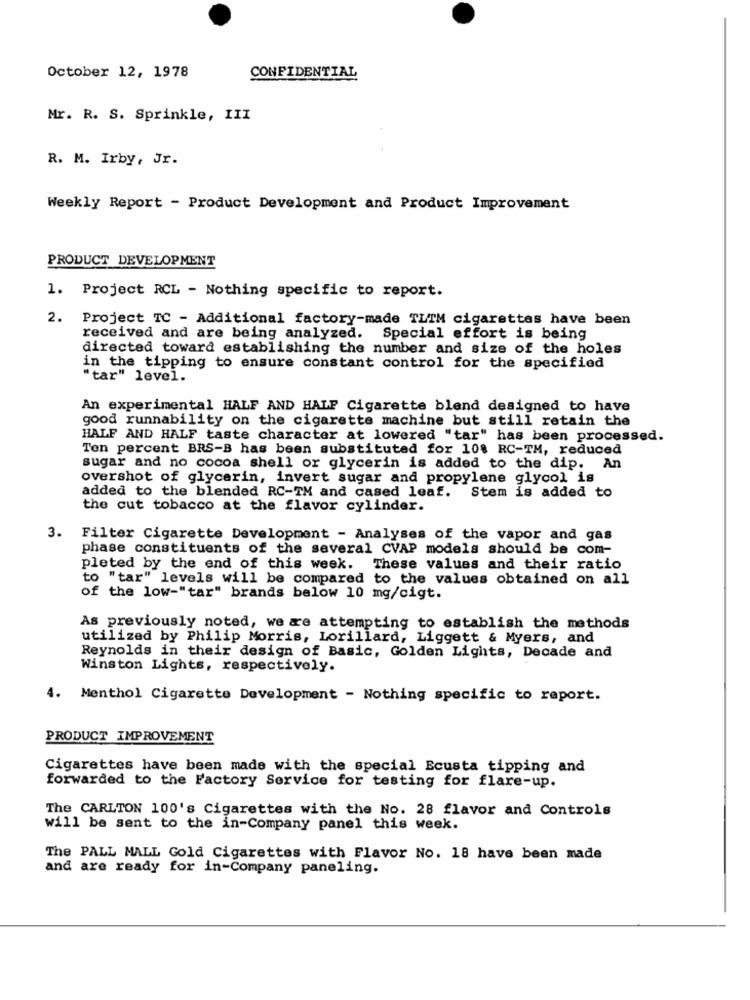
October 12, 1978
CONFIDENTIAL
Mr. R. S. Sprinkle, III
R. M. Irby, Jr.
Weekly Report - Product Development and Product Improvement
PRODUCT DEVELOPMENT
1. Project RCL - Nothing specific to report.
2.
Project TC - Additional factory-made TLIM cigarettes have been
received and are being analyzed. Special effort is being
directed toward establishing the number and size of the holes
in the tipping to ensure constant control for the specified
"tar" level.
An experimental HALF AND HALF Cigarette blend designed to have
good runnability on the cigarette machine but still retain the
HALF AND HALF taste character at lowered "tar" has been processed.
Ten percent BRS-B has been substituted for 108 RC-TM, reduced
sugar and no cocoa shell or glycerin is added to the dip. An
overshot of glycerin, invert sugar and propylene glycol is
added to the blended RC-TM and cased leaf. Stem is added to
the cut tobacco at the flavor cylinder.
3. Filter Cigarette Development - Analyses of the vapor and gas
phase constituents of the several CVAP models should be com-
pleted by the end of this week. These values and their ratio
to "tar" levels will be compared to the values obtained on all
of the low-"tar" brands below 10 mg/cigt.
As previously noted, we are attempting to establish the methods
utilized by Philip Morris, Lorillard, Liggett & Myers, and
Reynolds in their design of Basic, Golden Lights, Decade and
Winston Lights, respectively.
4.
Menthol Cigarette Development - Nothing specific to report.
PRODUCT IMPROVEMENT
Cigarettes have been made with the special Ecusta tipping and
forwarded to the Factory Service for testing for flare-up.
The CARLTON 100's Cigarettes with the No. 28 flavor and Controls
will be sent to the in-Company panel this week.
The PALL MALL Gold Cigarettes with Flavor No. 18 have been made
and are ready for in-Company paneling.